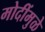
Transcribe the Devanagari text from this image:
मोदींमुळे